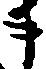
事